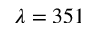
\lambda = 3 5 1